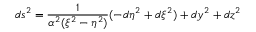
d s ^ { 2 } = \frac { 1 } { \alpha ^ { 2 } ( \xi ^ { 2 } - \eta ^ { 2 } ) } ( - d \eta ^ { 2 } + d \xi ^ { 2 } ) + d y ^ { 2 } + d z ^ { 2 }